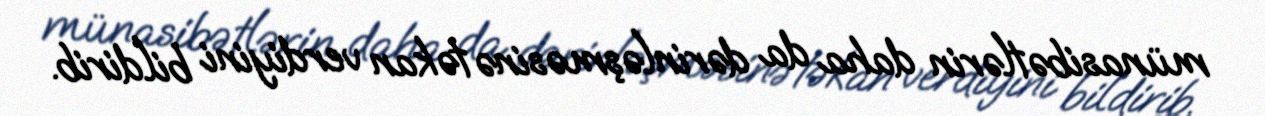
münasibətlərin daha da dərinləşməsinə təkan verdiyini bildirib.